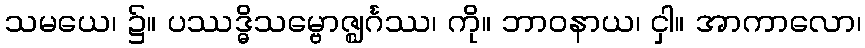
သမယေ၊ ၌။ ပဿဒ္ဓိသမ္ဗောဇ္ဈင်္ဂဿ၊ ကို။ ဘာဝနာယ၊ ငှါ။ အာကာလော၊